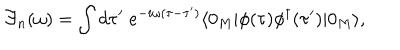
LaTeX: { \cal F } _ { n } ( \omega ) = \int d \tau ^ { \prime } \; e ^ { - i \omega ( \tau - \tau ^ { \prime } ) } \langle 0 _ { M } | \phi ( \tau ) \phi ^ { \dagger } ( \tau ^ { \prime } ) | 0 _ { M } \rangle ,